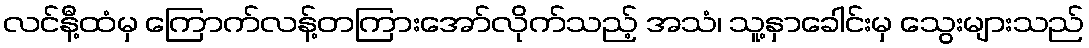
လင်နီ့ထံမှ ကြောက်လန့်တကြားအော်လိုက်သည့် အသံ၊ သူ့နှာခေါင်းမှ သွေးများသည်